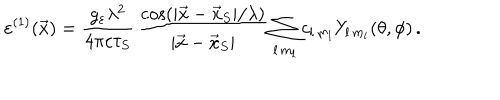
\varepsilon ^ { ( 1 ) } ( \vec { x } ) = \frac { g _ { \varepsilon } \lambda ^ { 2 } } { 4 \pi c \tau _ { S } } \, \frac { \cos ( | \vec { x } - \vec { x } _ { S } | / \lambda ) } { | \vec { x } - \vec { x } _ { S } | } \sum _ { l \, m _ { l } } c _ { l \, m _ { l } } Y _ { l \, m _ { l } } ( \theta , \phi ) \, .